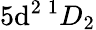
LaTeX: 5\mathrm{d}^{2}\, ^{1}D_{2}